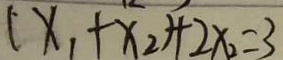
( x _ { 1 } + x _ { 2 } ) + 2 x _ { 2 } = 3